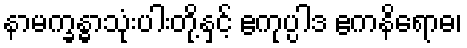
နာမက္ခန္ဓာသုံးပါးတို့နှင့် ဧကုပ္ပါဒ ဧကနိရောဓ၊